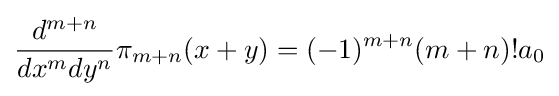
{\frac {d^{m+n}}{dx^{m}dy^{n}}}\pi _{m+n}(x+y)=(-1)^{m+n}(m+n)!a_{0}